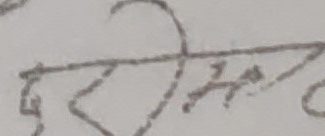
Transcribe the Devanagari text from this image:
र्प्रोका